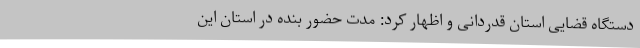
دستگاه قضایی استان قدردانی و اظهار کرد: مدت حضور بنده در استان این